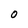
Character: O